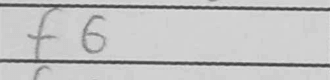
Transcription: f6